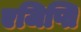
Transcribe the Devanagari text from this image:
एजिप्ति